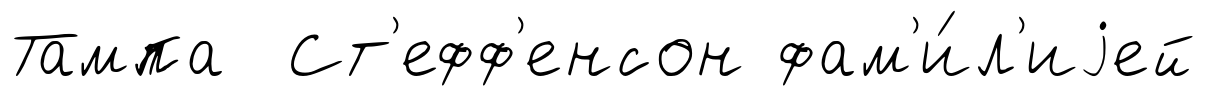
Тампа Ст'ефф'енсон фам'и́л'иjей